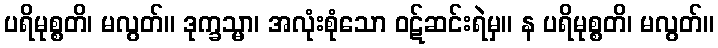
ပရိမုစ္စတိ၊ မလွတ်။ ဒုက္ခသ္မာ၊ အလုံးစုံသော ဝဋ်ဆင်းရဲမှ။ န ပရိမုစ္စတိ၊ မလွတ်။